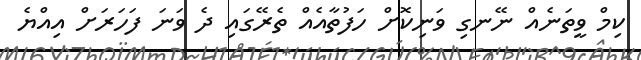
ކިމް ވީތަނެއް ނޭނގި ވަނިކޮށް ހަފުތާއެއް ތެރޭގައި ދެ ވަނަ ފަހަރަށް އިއްޔެ